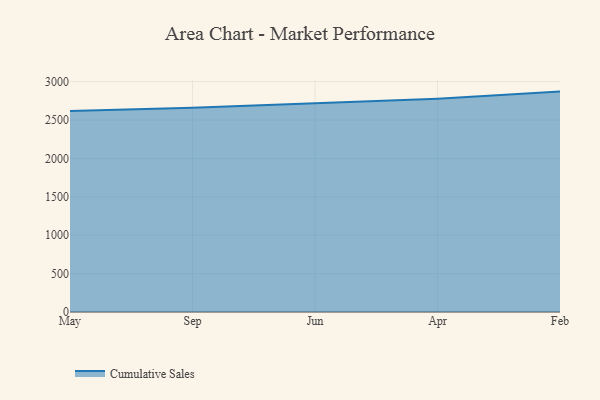
{"axis": {"x": "Month", "y": "Churn Rate (%)"}, "legend": ["Cumulative Sales"], "data": [{"x": "May", "y": 2616.1, "type": "Cumulative Sales"}, {"x": "Sep", "y": 2658.5, "type": "Cumulative Sales"}, {"x": "Jun", "y": 2720.1, "type": "Cumulative Sales"}, {"x": "Apr", "y": 2778.4, "type": "Cumulative Sales"}, {"x": "Feb", "y": 2870.2, "type": "Cumulative Sales"}]}